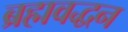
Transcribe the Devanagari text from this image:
ब्रह्मवद्धन